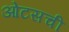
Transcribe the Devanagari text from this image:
ओटसची